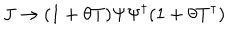
J \rightarrow ( 1 + \theta T ) \Psi \Psi ^ { \dagger } ( 1 + \theta T ^ { \dagger } )